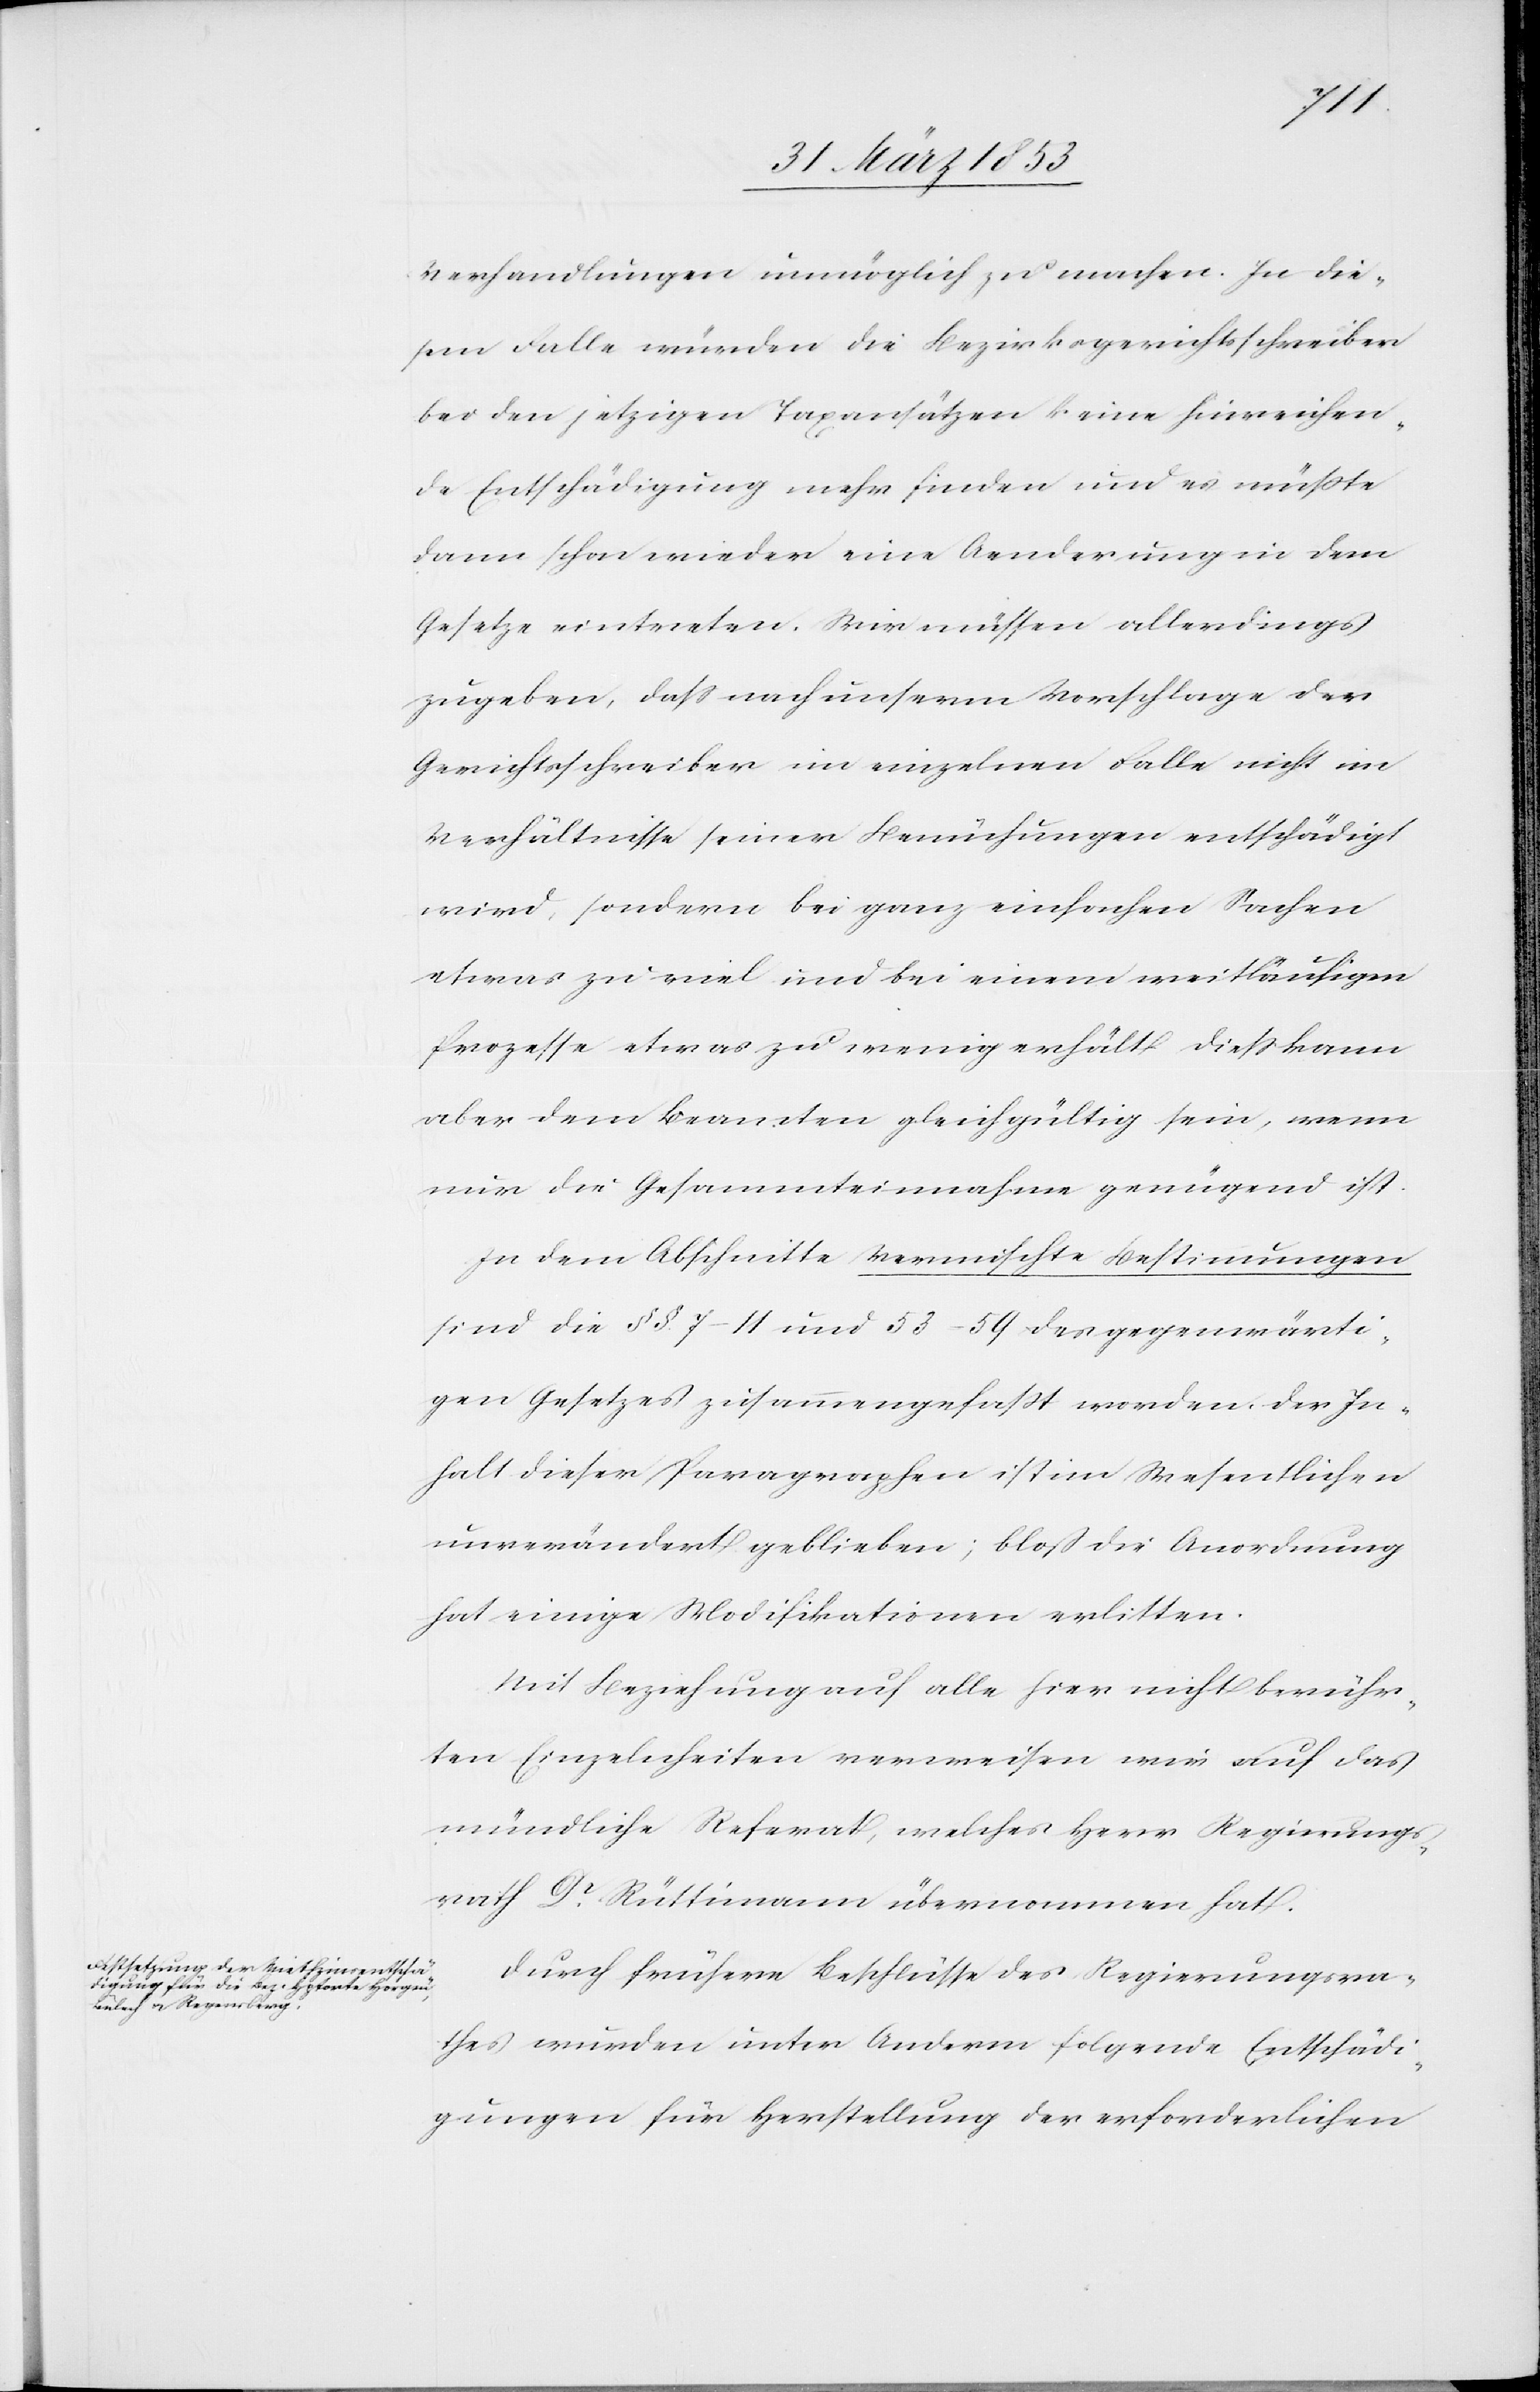
Verhandlungen unmöglich zu machen. In die¬
sem Falle würden die Bezirksgerichtsschreiber
bei den jetzigen Taxansätzen keine hinreichen¬
de Entschädigung mehr finden und es müßte
dann schon wieder eine Aenderung in dem
Gesetze eintreten. Wir müssen allerdings
zugeben, daß nach unserm Vorschlag der
Gerichtsschreiber im einzelnen Falle nicht im
Verhältnisse seiner Bemühungen entschädigt
wird, sondern bei ganz einfachen Sachen
etwas zu viel und bei einem weitläufigen
Prozesse etwas zu wenig erhält. Dieß kann
aber dem Beamten gleichgültig sein, wenn
nur die Gesammteinnahme genügend ist.
In dem Abschnitte Vermischte Bestimmungen
sind die §§ 7–11 und 53–54 des gegenwärti¬
gen Gesetzes zusammengefaßt worden. Der In¬
halt dieser Paragraphen ist im Wesentlichen
unverändert geblieben; bloß die Anordnung
hat einige Modifikationen erlitten.
Mit Beziehung auf alle hier nicht berühr¬
ten Einzelheiten verweisen wir auf das
mündliche Referat, welches Herr Regierungs¬
rath Dr. Rüttimann übernommen hat.
Durch frühere Beschlüsse des Regierungsra¬
thes wurden unter Anderm folgende Entschädi¬
gungen für Herstellung der erforderlichen